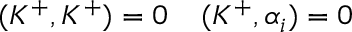
( K ^ { + } , K ^ { + } ) = 0 \: \: \: \: \: ( K ^ { + } , \alpha _ { i } ) = 0